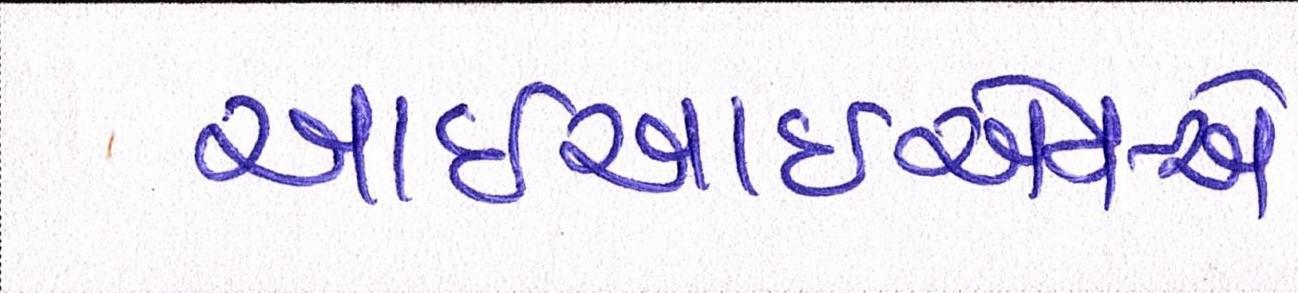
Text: આઇઆઇએમ-એ